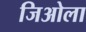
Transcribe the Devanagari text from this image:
जिओला